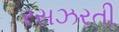
રસઝરતી